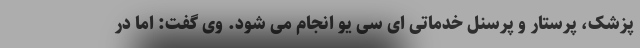
پزشک، پرستار و پرسنل خدماتی ای سی یو انجام می شود. وی گفت: اما در